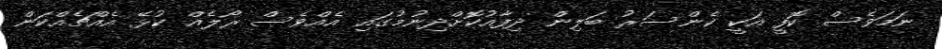
ނަމަވެސް ކޮފީ އަކީ ކެންސަރު ބަލިން ދިފާއުކޮށްދިނުމުގައި އެއްވެސް ރޯލެއް ކުޅޭ އެއްޗެއްކަން